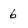
Character: 6